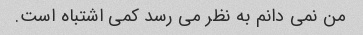
من نمی دانم به نظر می رسد کمی اشتباه است.